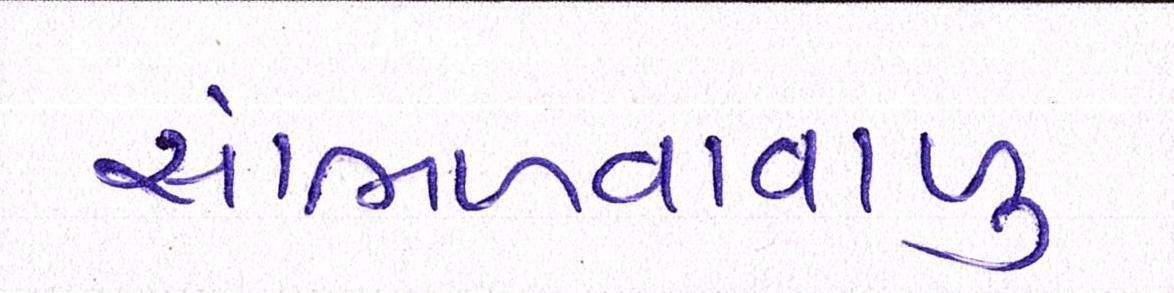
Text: સાંભળવાવાળુ